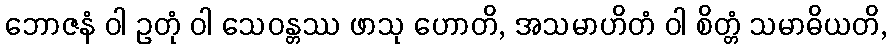
ဘောဇနံ ဝါ ဥတုံ ဝါ သေဝန္တဿ ဖာသု ဟောတိ, အသမာဟိတံ ဝါ စိတ္တံ သမာဓိယတိ,